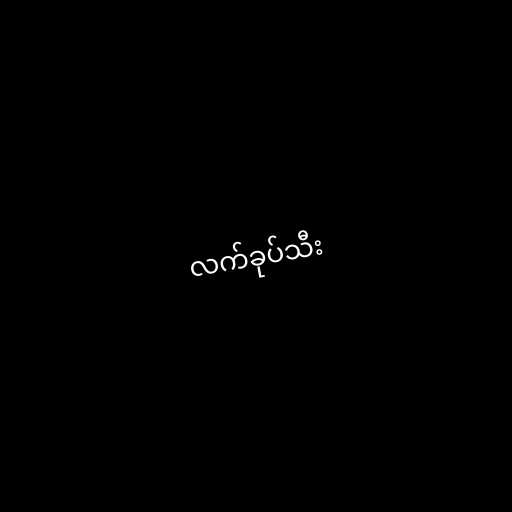
လက်ခုပ်သီး